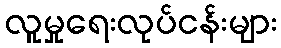
လူမှုရေးလုပ်ငန်းများ